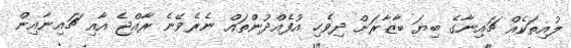
ލުއިތަކެއް ޗައިނާގެ ބިޔަ ބާޒާރަށް ދިވެހި އުފެއްދުންތައް ނެރެވޭނެ ރާއްޖެ އާއި ޗައިނާއިން